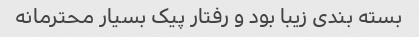
بسته بندی زیبا بود و رفتار پیک بسیار محترمانه